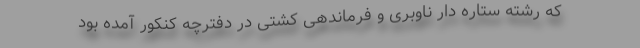
که رشته ستاره دار ناوبری و فرماندهی کشتی در دفترچه کنکور آمده بود